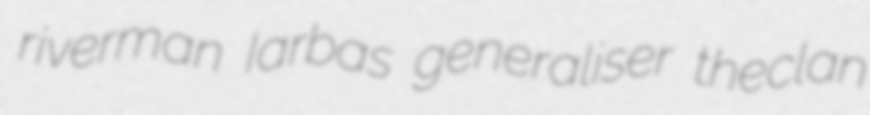
riverman Iarbas generaliser theclan